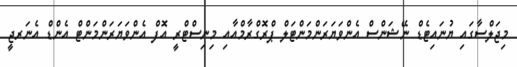
މިޖަލްސާގައި ޔުނައިޓެޑް ނޭޝަންސް އެންވަޔަރަންމަންޓަލް ޕްރޮގްރާމްއާއި މިނިސްޓްރީ އޮފް އެންވަޔަރަންމަންޓް އެންޑް އެނަރޖީ